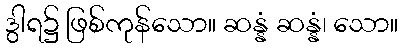
ဒွါရ၌ ဖြစ်ကုန်သော။ ဆန္နံ ဆန္နံ၊ သော။